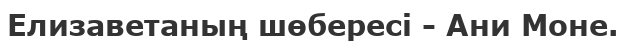
Елизаветаның шөбересі - Ани Моне.